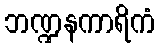
ဘဏ္ဍနကာရိကံ